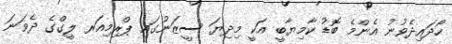
ހޯދައިދެވުނު އެންމެ ބޮޑު ކާމިޔާބީ އަކީ މިދިޔަ ސީޒަނުގައި ޕްރިމިއަރ ލީގްގެ ދެވަނަ